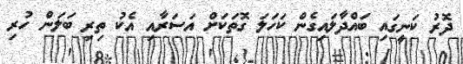
ދޮރު ކަނީގައި ބައްދާލައިގެން ކަހަލަ ގޮތަކަށް އަސަރާއި އެކު ތިރި ބަލަން ހުރި